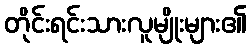
တိုင်းရင်းသားလူမျိုးများ၏